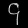
Digit: ၄